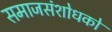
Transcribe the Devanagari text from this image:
समाजसंशोधकों